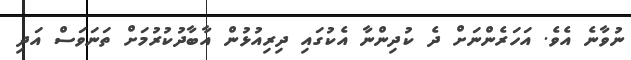
ނުވާނެ އެވެ. އަހަރެންނަށް ދެ ކުދިންނާ އެކުގައި ދިރިއުޅުން އާބާދުކުރުމަށް ތަނަވަސް އަދި